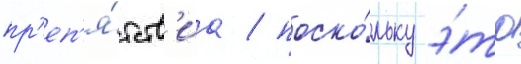
пр'еп'я́тств'иа / поско́льку э́то